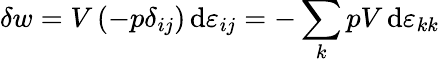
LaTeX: \delta w=V\, (-p\delta_{ij})\, \mathrm{d}\varepsilon_{ij}=-\sum_{k}pV\, \mathrm{d}\varepsilon_{kk}